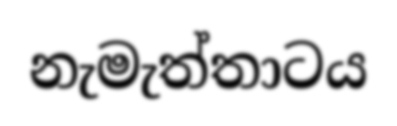
නැමැත්තාටය